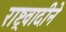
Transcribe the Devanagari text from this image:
राष्ट्रवादीने